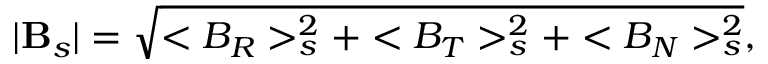
| \mathbf { B } _ { s } | = \sqrt { < B _ { R } > _ { s } ^ { 2 } + < B _ { T } > _ { s } ^ { 2 } + < B _ { N } > _ { s } ^ { 2 } } ,